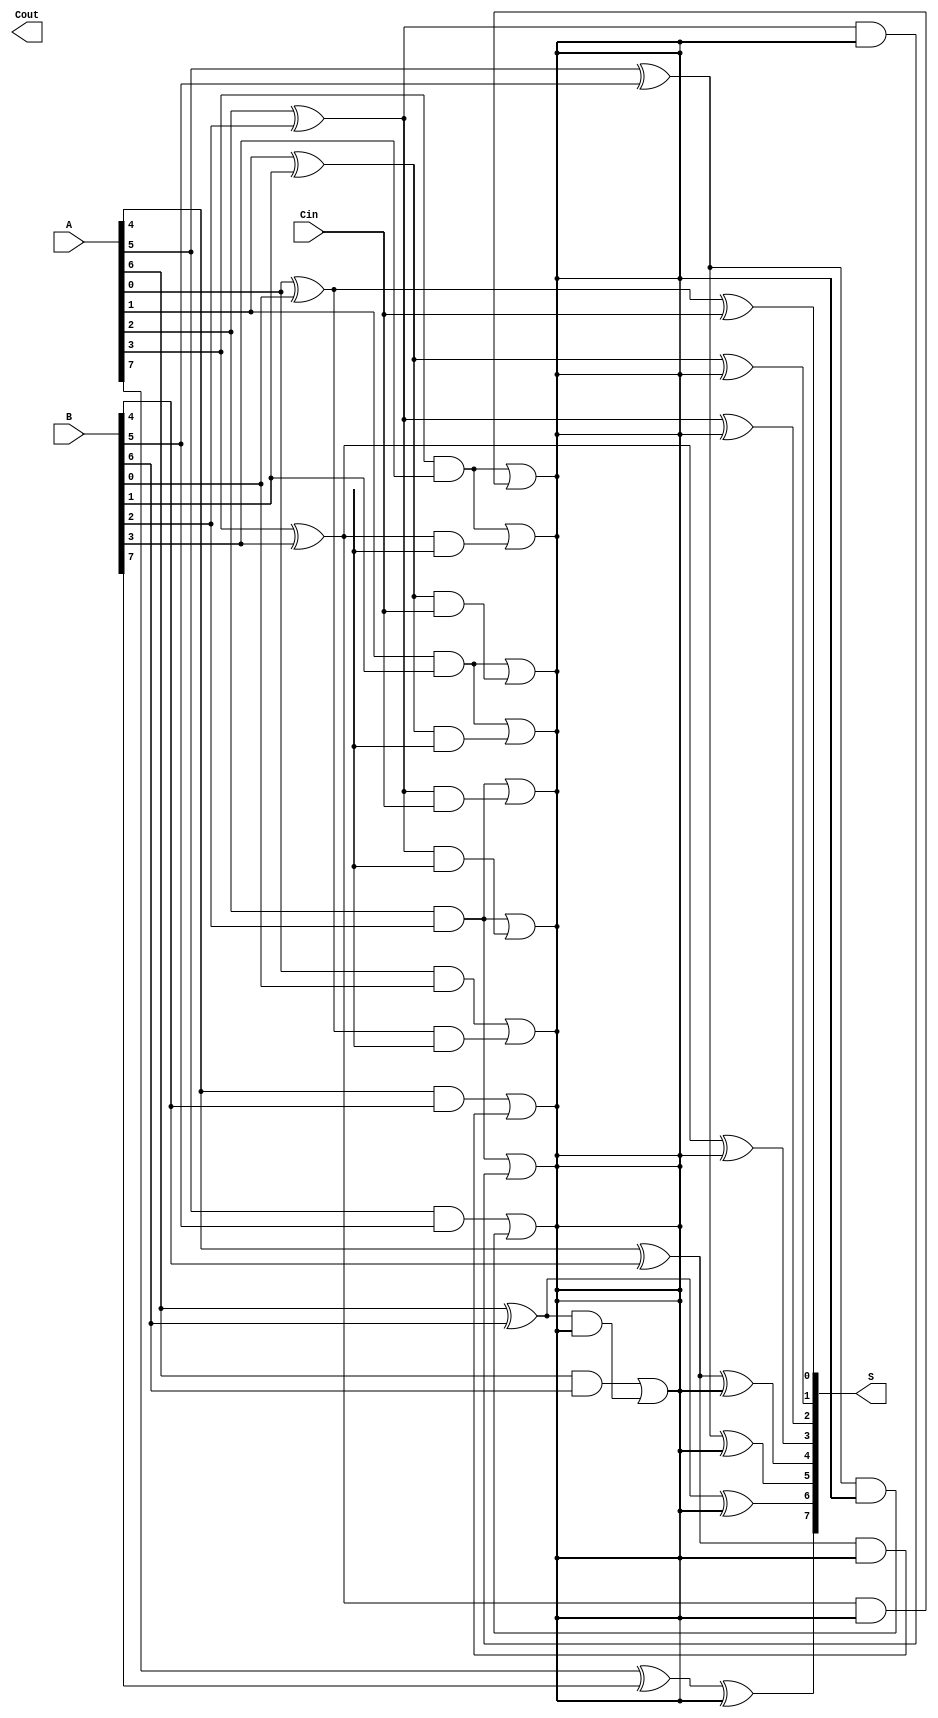
module KoggeStoneAdder #(parameter N = 8) (
    input  wire [N-1:0] A,     // First n-bit input
    input  wire [N-1:0] B,     // Second n-bit input
    input  wire Cin,            // Carry-in input
    output wire [N-1:0] S,      // n-bit sum output
    output wire Cout            // Carry-out output
);

    // Generate and Propagate signals
    wire [N-1:0] P; // Propagate
    wire [N-1:0] G; // Generate

    genvar i;
    generate
        for (i = 0; i < N; i = i + 1) begin: gen_prop
            assign P[i] = A[i] ^ B[i]; // Propagate
            assign G[i] = A[i] & B[i]; // Generate
        end
    endgenerate

    // Carry signals
    wire [N:0] C; // C[0] = Cin, C[1] to C[N] are carry outputs
    assign C[0] = Cin;

    // Kogge-Stone Carry Generation
    genvar k, j;
    generate
        for (k = 1; k <= $clog2(N); k = k + 1) begin: carry_gen
            for (j = 0; j < N; j = j + 1) begin: carry_stage
                if (j >= (1 << (k-1))) begin
                    assign C[j] = G[j - (1 << (k-1))] | (P[j - (1 << (k-1))] & C[j - (1 << k)]);
                end
            end
        end
    endgenerate

    // Sum Calculation
    generate
        for (i = 0; i < N; i = i + 1) begin: sum_calc
            assign S[i] = P[i] ^ C[i]; // Sum
        end
    endgenerate

    // Carry-out
    assign Cout = C[N]; // Final carry-out

endmodule